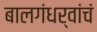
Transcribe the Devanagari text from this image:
बालगंधर्वांचं